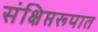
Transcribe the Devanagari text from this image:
संक्षिप्तरूपात